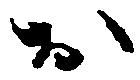
お